Indian journal of veterinary science and animal husbandry - Volume 8,
Year: 1938
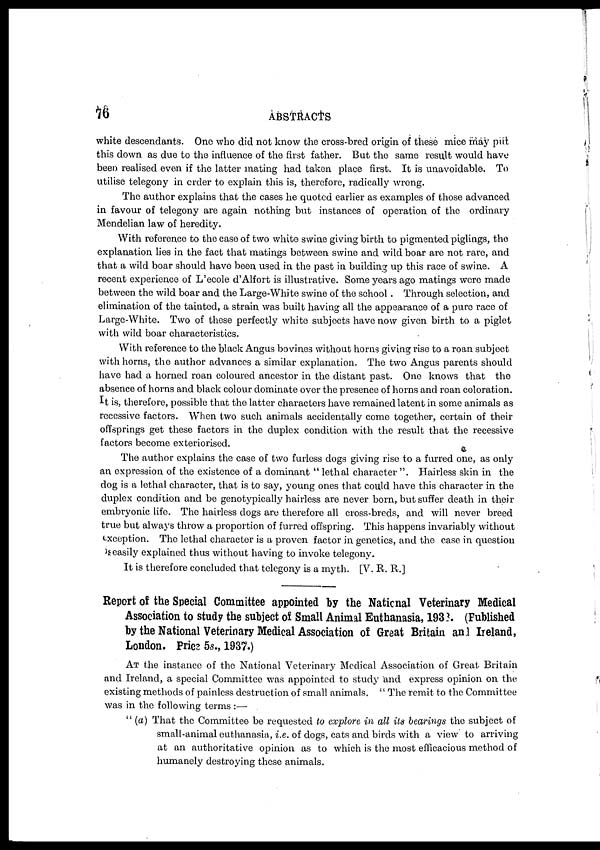
76
ABSTRACTS
white descendants. One who did not know the cross-bred origin of these mice may put
this down as due to the influence of the first father. But the same result would have
been realised even if the latter mating had taken place first. It is unavoidable. To
utilise telegony in order to explain this is, therefore, radically wrong.
The author explains that the cases he quoted earlier as examples of those advanced
in favour of telegony are again nothing but instances of operation of the ordinary
Mendelian law of heredity.
With reference to the case of two white swine giving birth to pigmented piglings, the
explanation lies in the fact that matings between swine and wild boar are not rare, and
that a wild boar should have been used in the past in building up this race of swine. A
recent experience of L'ecole d'Alfort is illustrative. Some years ago matings were made
between the wild boar and the Large-White swine of the school. Through selection, and
elimination of the tainted, a strain was built having all the appearance of a pure race of
Large-White. Two of these perfectly white subjects have now given birth to a piglet
with wild boar characteristics.
With reference to the black Angus bovines without horns giving rise to a roan subject
with horns, the author advances a similar explanation. The two Angus parents should
have had a horned roan coloured ancestor in the distant past. One knows that the
absence of horns and black colour dominate over the presence of horns and roan coloration.
It is, therefore, possible that the latter characters have remained latent in some animals as
recessive factors. When two such animals accidentally come together, certain of their
offsprings get these factors in the duplex condition with the result that the recessive
factors become exteriorised.
The author explains the case of two furless dogs giving rise to a furred one, as only
an expression of the existence of a dominant " lethal character ". Hairless skin in the
dog is a lethal character, that is to say, young ones that could have this character in the
duplex condition and be genotypically hairless are never born, but suffer death in their
embryonic life. The hairless dogs are therefore all cross-breds, and will never breed
true but always throw a proportion of furred offspring. This happens invariably without
exception. The lethal character is a proven factor in genetics, and the case in question
seasily explained thus without having to invoke telegony.
It is therefore concluded that telegony is a myth. [V. R. R.]
Report of the Special Committee appointed by the National Veterinary Medical
Association to study the subject of Small Animal Euthanasia, 1938. (Published
by the National Veterinary Medical Association of Great Britain and Ireland,
London. Price 5s., 1937.)
AT the instance of the National Veterinary Medical Association of Great Britain
and Ireland, a special Committee was appointed to study and express opinion on the
existing methods of painless destruction of small animals. '' The remit to the Committee
was in the following terms :—
" (a) That the Committee be requested to explore in all its bearings the subject of
small-animal euthanasia, i.e. of dogs, cats and birds with a view to arriving
at an authoritative opinion as to which is the most efficacious method of
humanely destroying these animals.